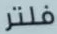
فلتر